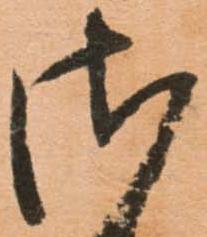
さ